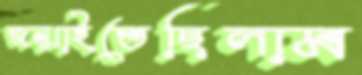
জন্মাইতেছিলাম